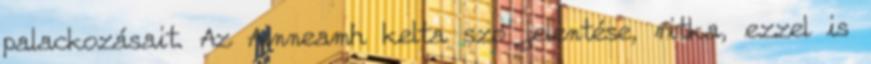
palackozásait. Az Ainneamh kelta szó jelentése, ritka, ezzel is